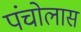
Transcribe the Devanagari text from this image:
पंचोलास